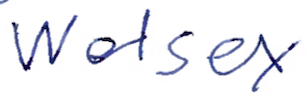
Text: Wolsey
Cross-out: clean
Writing tool: ballpoint